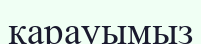
қарауымыз